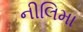
નીલિમા